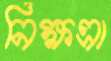
নিক্ষত্রা